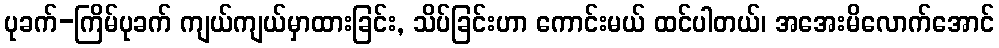
ပုခက်-ကြိမ်ပုခက် ကျယ်ကျယ်မှာထားခြင်း, သိပ်ခြင်းဟာ ကောင်းမယ် ထင်ပါတယ်၊ အအေးမိလောက်အောင်